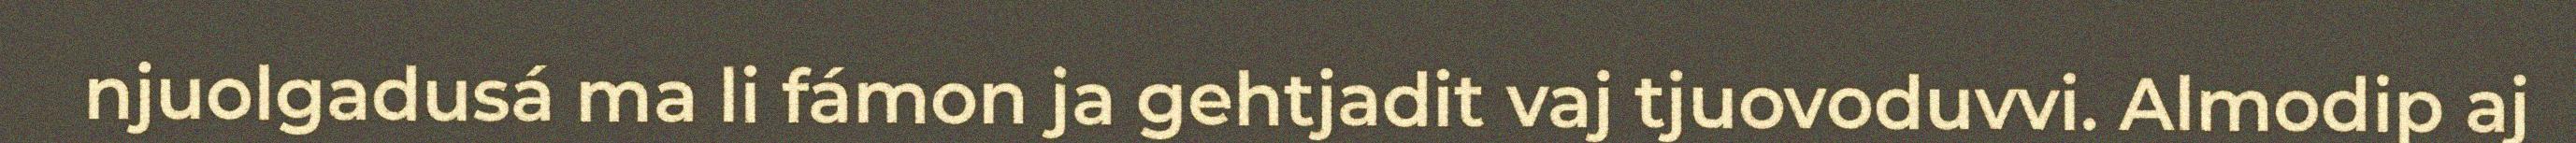
njuolgadusá ma li fámon ja gehtjadit vaj tjuovoduvvi. Almodip aj